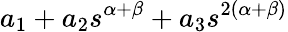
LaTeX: a_{1}+a_{2}s^{\alpha+\beta}+a_{3}s^{2\left(\alpha+\beta\right)}